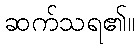
ဆက်သရ၏။